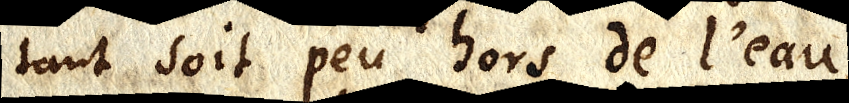
tant soit peu hors de l’eau